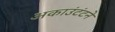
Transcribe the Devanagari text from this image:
अकाउंटंटने